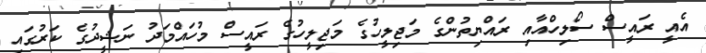
އެއީ ރައީސް ސޯލިހްއާއި ރައްޔިތުންގެ މަޖިލީހުގެ މަޖިލީހުގެ ރައީސް މުހައްމަދު ނަޝީދުގެ ކަރުގައި